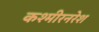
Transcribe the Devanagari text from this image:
कश्मीरनरेश